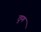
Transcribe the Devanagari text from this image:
ठुण